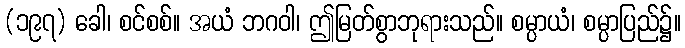
(၁၉၇) ခေါ၊ စင်စစ်။ အယံ ဘဂဝါ၊ ဤမြတ်စွာဘုရားသည်။ စမ္ပာယံ၊ စမ္ပာပြည်၌။